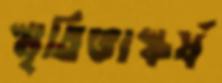
স্মৃতিভাস্কর্য